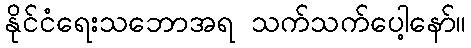
နိုင်ငံရေးသဘောအရ သက်သက်ပေါ့နော်။